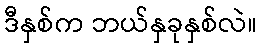
ဒီနှစ်က ဘယ်နှခုနှစ်လဲ။